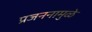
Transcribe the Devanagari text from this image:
प्रजननामुळे